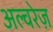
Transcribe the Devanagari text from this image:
अल्वरेज़